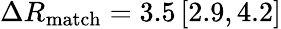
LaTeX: \Delta R_{\mathrm{match}}=3.5\, [2.9,4.2]